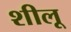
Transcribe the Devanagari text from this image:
शीलू